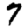
Digit: 7